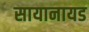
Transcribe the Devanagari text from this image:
सायानायड